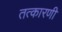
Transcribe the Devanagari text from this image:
तत्कारणी